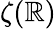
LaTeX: \zeta(\mathbb{R})